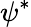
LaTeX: \psi^{*}